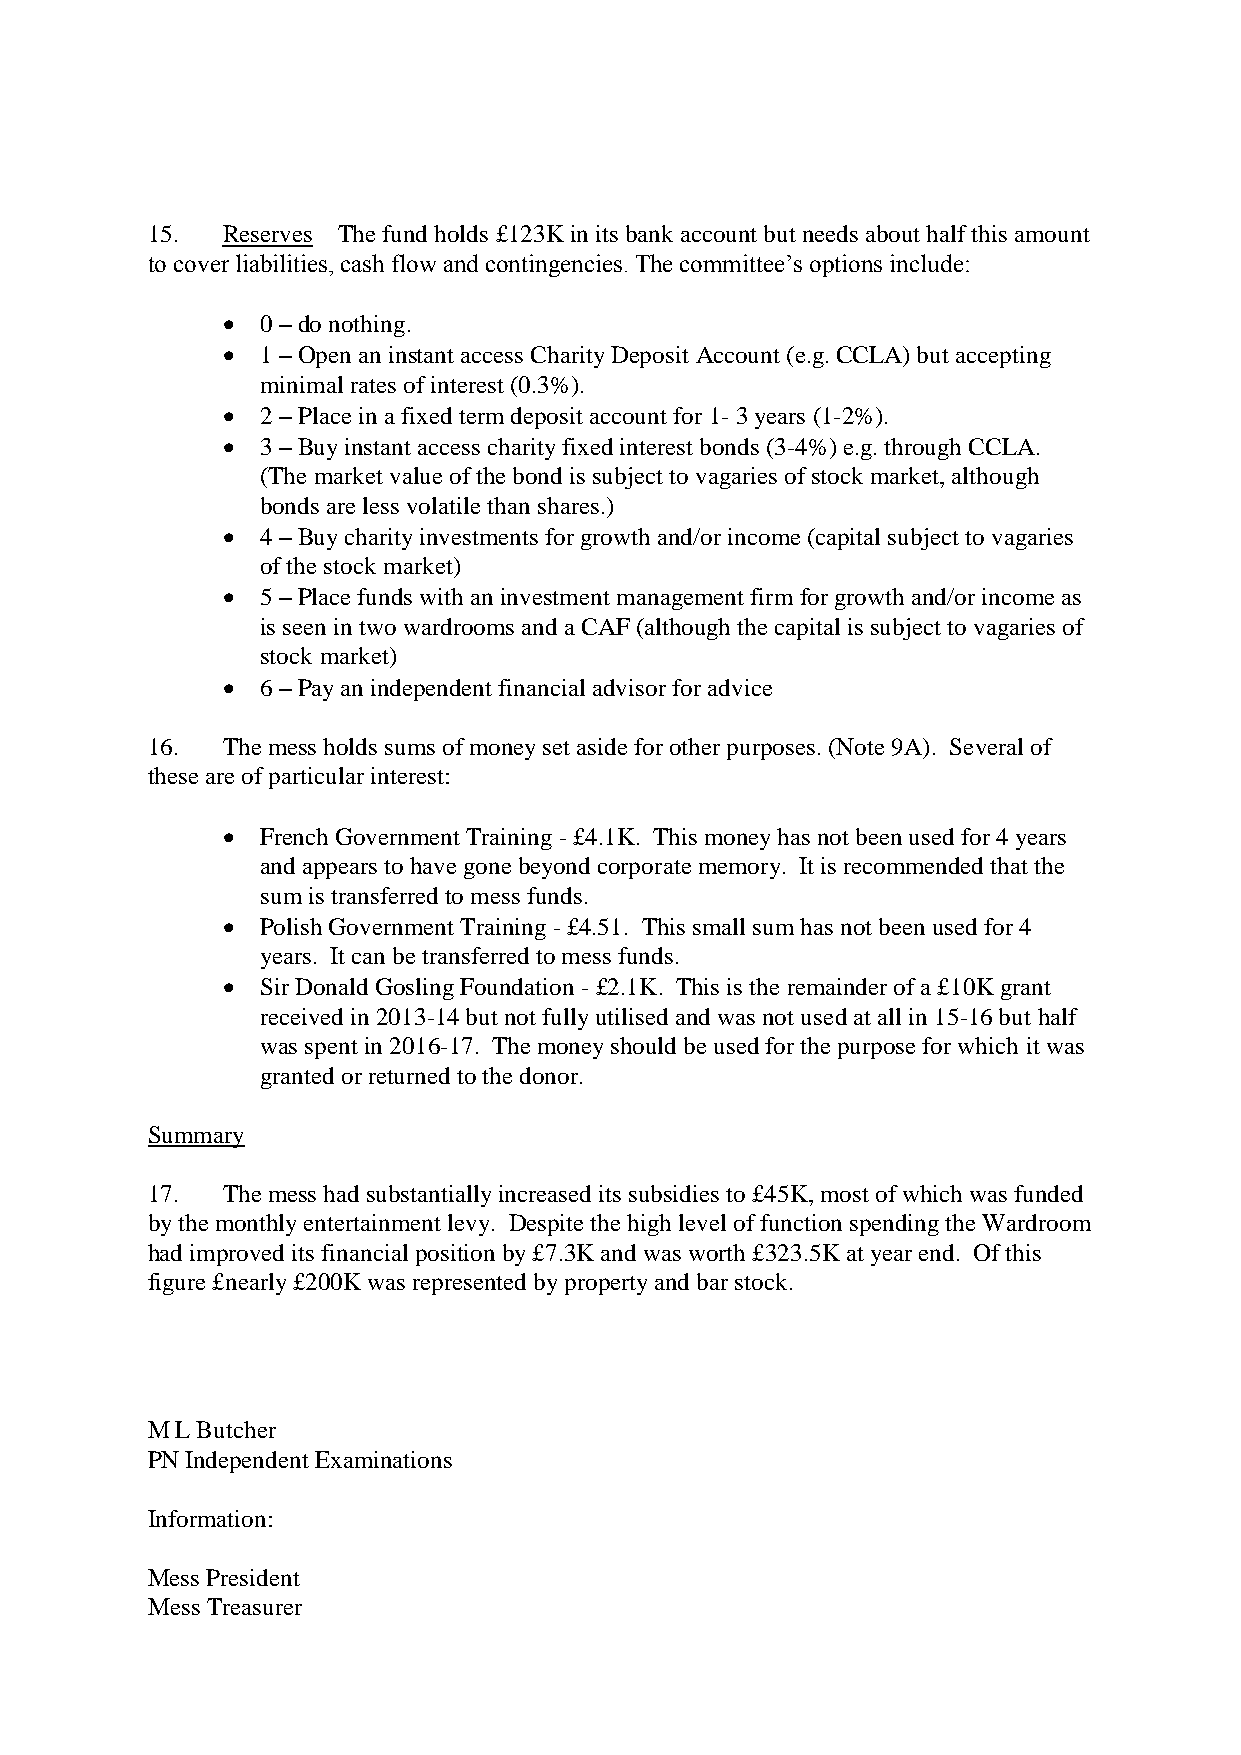
15.  Reserves The fund holds £123K in its bank account but needs about half this amount
 to cover liabilities, cash flow and contingencies. The committee’s options include:
  0 – do nothing.
  1 – Open an instant access Charity Deposit Account (e.g. CCLA) but accepting
 minimal rates of interest (0.3%).
  2 – Place in a fixed term deposit account for 1- 3 years (1-2%).
  3 – Buy instant access charity fixed interest bonds (3-4%) e.g. through CCLA.
 (The market value of the bond is subject to vagaries of stock market, although
 bonds are less volatile than shares.)
  4 – Buy charity investments for growth and/or income (capital subject to vagaries
 of the stock market)
  5 – Place funds with an investment management firm for growth and/or income as
 is seen in two wardrooms and a CAF (although the capital is subject to vagaries of
 stock market)
  6 – Pay an independent financial advisor for advice
 16.  The mess holds sums of money set aside for other purposes. (Note 9A). Several of
 these are of particular interest:
  French Government Training - £4.1K. This money has not been used for 4 years
 and appears to have gone beyond corporate memory. It is recommended that the
 sum is transferred to mess funds.
  Polish Government Training - £4.51. This small sum has not been used for 4
 years. It can be transferred to mess funds.
  Sir Donald Gosling Foundation - £2.1K. This is the remainder of a £10K grant
 received in 2013-14 but not fully utilised and was not used at all in 15-16 but half
 was spent in 2016-17. The money should be used for the purpose for which it was
 granted or returned to the donor.
 Summary
 17.  The mess had substantially increased its subsidies to £45K, most of which was funded
 by the monthly entertainment levy. Despite the high level of function spending the Wardroom
 had improved its financial position by £7.3K and was worth £323.5K at year end. Of this
 figure £nearly £200K was represented by property and bar stock.
 M L Butcher
 PN Independent Examinations
 Information:
 Mess President
 Mess Treasurer